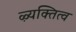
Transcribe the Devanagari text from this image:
ऴ्यक्तित्व